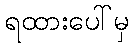
ရထားပေါ်မှ